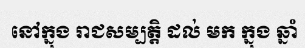
នៅក្នុង រាជសម្បត្តិ ដល់ មក ក្នុង ឆ្នាំ